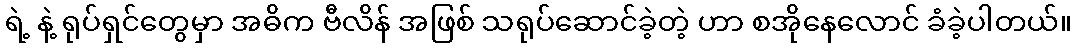
ရဲ့ နဲ့ ရုပ်ရှင်တွေမှာ အဓိက ဗီလိန် အဖြစ် သရုပ်ဆောင်ခဲ့တဲ့ ဟာ စအိုနေလောင် ခံခဲ့ပါတယ်။